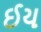
ઈય